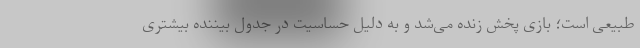
طبیعی است؛ بازی پخش زنده می‌شد و به دلیل حساسیت در جدول بیننده بیشتری